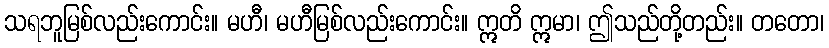
သရဘူမြစ်လည်းကောင်း။ မဟီ၊ မဟီမြစ်လည်းကောင်း။ ဣတိ ဣမာ၊ ဤသည်တို့တည်း။ တတော၊